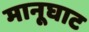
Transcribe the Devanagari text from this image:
मानूघाट